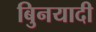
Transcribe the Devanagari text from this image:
बुिनयादी